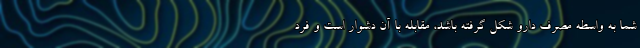
شما به واسطه مصرف دارو شکل گرفته باشد، مقابله با آن دشوار است و فرد